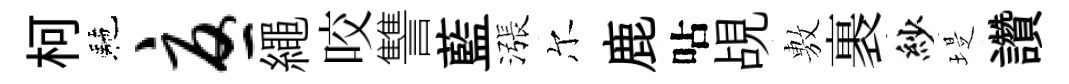
柯駰忧繩咬讐藍漲尔鹿呫覘𢾾裹紗堤讚